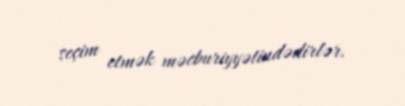
seçim etmək məcburiyyətindədirlər.